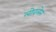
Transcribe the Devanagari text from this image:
लोवलेन